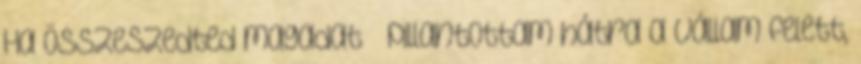
Ha összeszedted magadat – pillantottam hátra a vállam felett,